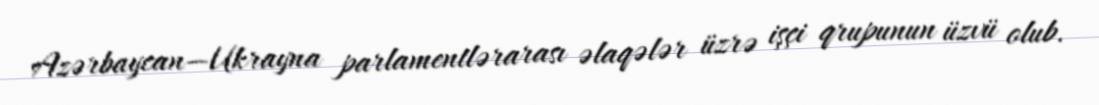
Azərbaycan—Ukrayna parlamentlərarası əlaqələr üzrə işçi qrupunun üzvü olub.